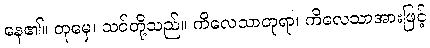
နေ၏။ တုမှေ၊ သင်တို့သည်။ ကိလေသာတုရာ၊ ကိလေသာအားဖြင့်